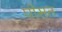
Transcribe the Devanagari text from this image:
पोसत